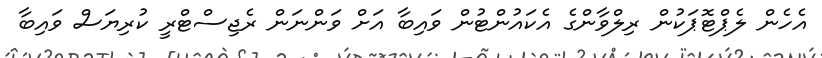
އެހެން ލެޕްޓޮޕަކުން ރިލްވާންގެ އެކައުންޓުން ވައިބާ އަށް ވަންނަން ރެޖިސްޓްރީ ކުރިޔަސް ވައިބާ